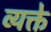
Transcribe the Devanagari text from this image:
व्यक्ते